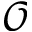
\mathcal { O }